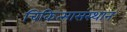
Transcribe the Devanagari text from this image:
चिकित्सासंस्थान